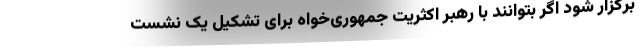
برگزار شود اگر بتوانند با رهبر اکثریت جمهوری‌خواه برای تشکیل یک نشست